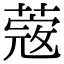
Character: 蔲